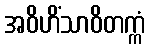
အဝိဟိံသာဝိတက္ကံ